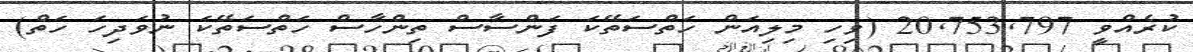
ކުރެއްވީ 20